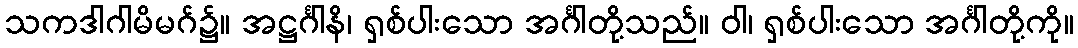
သကဒါဂါမိမဂ်၌။ အဋ္ဌင်္ဂါနိ၊ ရှစ်ပါးသော အင်္ဂါတို့သည်။ ဝါ၊ ရှစ်ပါးသော အင်္ဂါတို့ကို။